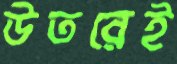
উতরেই